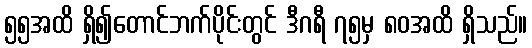
၅၅အထိ ရှိ၍တောင်ဘက်ပိုင်းတွင် ဒီဂရီ ၇၅မှ ၈၀အထိ ရှိသည်။